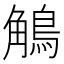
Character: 鵤